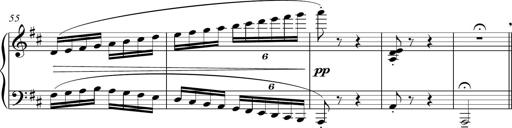
Title: Sonatina del HuÃ©car
Composer: JosÃ© Miguel Moreno Sabio